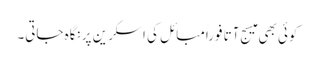
کوئی بھی میسج آتا فوراََمبائل کی اسکرین پر نگاہ جاتی۔